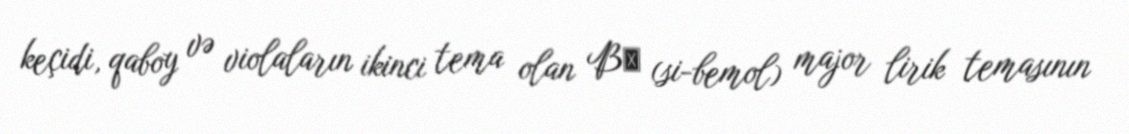
keçidi, qaboy və violaların ikinci tema olan B♭ (si-bemol) major lirik temasının